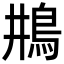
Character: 𩾺